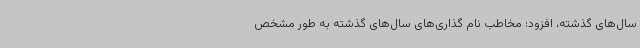
سال‌های گذشته، افزود: مخاطب نام گذاری‌های سال‌های گذشته به طور مشخص